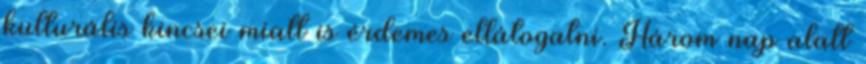
kulturális kincsei miatt is érdemes ellátogatni. Három nap alatt